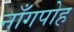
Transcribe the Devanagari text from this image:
नाँगपोह